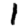
Digit: 1